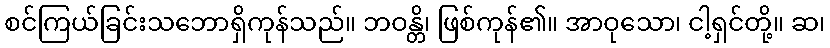
စင်ကြယ်ခြင်းသဘောရှိကုန်သည်။ ဘဝန္တိ၊ ဖြစ်ကုန်၏။ အာဝုသော၊ ငါ့ရှင်တို့။ ဆ၊